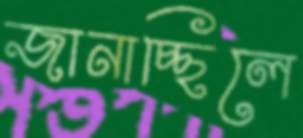
জানাচ্ছিলে